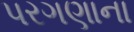
પરગણાના